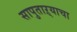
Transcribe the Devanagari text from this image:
सापुताऱ्याचा